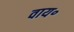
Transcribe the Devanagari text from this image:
वाय॰